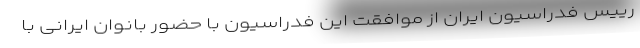
رییس فدراسیون ایران از موافقت این فدراسیون با حضور بانوان ایرانی با